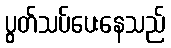
ပွတ်သပ်ပေးနေသည်